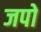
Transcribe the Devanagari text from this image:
जपो